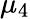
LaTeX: \mu_{4}